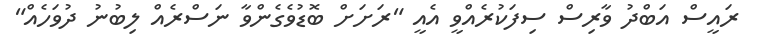
ރައީސް އަބްދު ވާރިސް ސިފަކުރެއްވީ އެއީ "ރަށަށް ބޮޑުވެގެންވާ ނަސްރެއް ލިބުނު ދުވަހެއް"